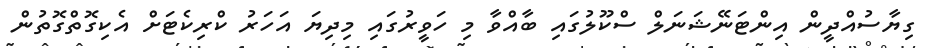
ގިޔާސުއްދީން އިންޓަނޭޝަނަލް ސްކޫލުގައި ބާއްވާ މި ހަވީރުގައި މިދިޔަ އަހަރު ކްރިކެޓަށް އެކިގޮތްގޮތުން